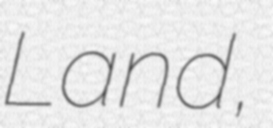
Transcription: Land,